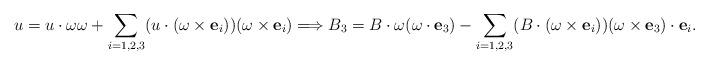
LaTeX: \begin{align*}u = u \cdot \omega \omega +\sum_{i=1,2,3} (u\cdot (\omega\times \mathbf{e}_i))(\omega\times \mathbf{e}_i)\Longrightarrow B_3= B\cdot \omega(\omega\cdot \mathbf{e}_3) -\sum_{i=1,2,3} (B\cdot(\omega \times \mathbf{e}_i))( \omega \times \mathbf{e}_3)\cdot \mathbf{e}_i.\end{align*}